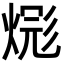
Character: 𪹎